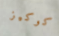
كوكيز